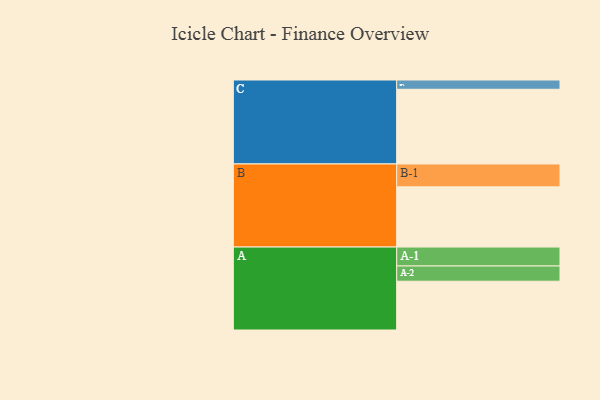
{"axis": {"x": "Segment", "y": "Value"}, "legend": ["", "A", "B", "C"], "data": [{"x": "A", "y": 384, "type": ""}, {"x": "B", "y": 474, "type": ""}, {"x": "C", "y": 588, "type": ""}, {"x": "A-1", "y": 149, "type": "A"}, {"x": "A-2", "y": 120, "type": "A"}, {"x": "B-1", "y": 180, "type": "B"}, {"x": "C-1", "y": 73, "type": "C"}]}